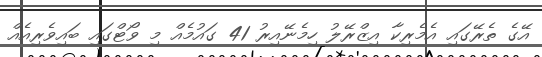
އޭގެ ތެރޭގައި އެމެރިކާ އިޒްރޭލު ހިމެނޭއިރު 41 ގައުމެއް މި ވޯޓްގައި ބައިވެރިއެއް